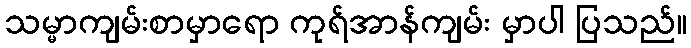
သမ္မာကျမ်းစာမှာရော ကုရ်အာန်ကျမ်း မှာပါ ပြသည်။